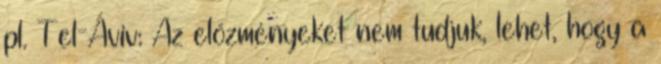
pl. Tel-Aviv: Az előzményeket nem tudjuk, lehet, hogy a